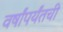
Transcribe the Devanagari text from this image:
वर्षांपर्यंतची